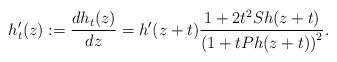
LaTeX: \begin{align*}h'_t(z) := \frac{d h_t(z)}{d z} =h'(z + t)\frac{1+ 2t^2 Sh(z+t)}{\left( 1 + tPh(z + t) \right)^2}. \end{align*}